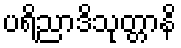
ပရိညာဒိသုတ္တာနိ